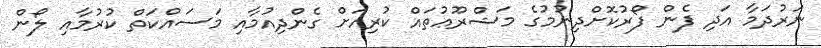
ނަރުދަމާ އަދި ފެން ފޯރުކޮށްދިނުމުގެ މަޝްރޫޢުތައް ކުރިއަށް ގެންދިއުމާއި މަސައްކަތް ކުރުމާއި ލޯން